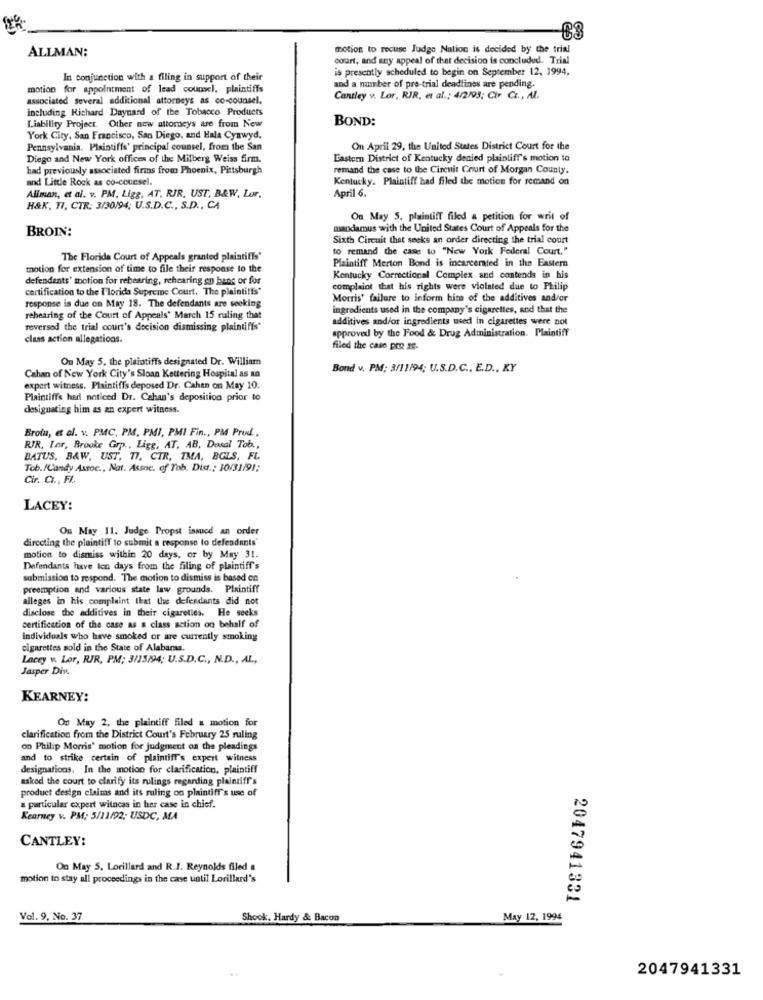
ALLMAN:
motion to recuse Judge Nation is decided by the tria!
court, and any appeal of that decision is concluded. Trial
is presently scheduled to begin on September 12, 1994,
In conjunction with a filing in support of their
motion for appointment of lead counsel. plaintiffs
and a number of pre-trial deadlines are pending.
associated Several additional attorneys as co-counsel.
Cantley v. Lor, RJR, et al .; 4/2/93; Cir CL ., AL.
including Richard Daynard of the Tobacco Products
Liability Project Other new attorneys are from New
BOND:
York City, San Francisco, San Diego, and Hala Cynwyd.
Pennsylvania. Plaintiffs' principal counsel, from the San
On April 29, the United States District Court for the
Diego and New York offices of the Milberg Weiss firm.
Eastern District of Kentucky denied plaintiff's motion to
had previously associated firms from Phoenix, Pittsburgh
remand the case to the Circuit Court of Morgan County.
and Little Rock as co-coursel.
Kentucky. Plaintiff had filed the motion for remand on
Allman, et al. v. PM, Ligg, AT, RJR, UST, B&W, Lor.
April 6.
H&K, TI, CTR: 3/30/94; U.S.D.C ., S.D ., CA
On May 5, plaintiff filed a petition for writ of
BROIN:
mandamus with the United States Court of Appeals for the
Sixth Circuit that seeks an order directing the trial court
to remand the case to "New York Federal Court."
The Florida Court of Appeals granted plaintiffs'
Plaintiff Merton Bond is incarcerated in the Eastern
motion for extension of time to file their response to the
defendants' motion for rebearing, rehearing en bang or for
Kentucky Correctional Complex and contends in his
certification to the I'lorida Supreme Court. The plaintiffs"
complaint that his rights were violated due to Philip
Morris' failure to inform him of the additives and/or
response is due on May 18. The defendants are seeking
ingredients used in the company's cigarettes, and that the
rehearing of the Court of Appeals' March 15 ruling that
additives and/or ingredients used in cigarettes were not
reversed the trial court's decision dismissing plaintiffs"
class action allegations.
approved by the Food & Drug Administration. Plaintiff
filed the case pro se-
On May 5, the plaintiffs designated Dr. William
Bond v. PM: 3/11/94; U.S.D.C ., E.D ., KY
Cahan of New York City's Sloan Kettering Hospital as an
expert witness. Plaintiffs deposed Dr. Cahan on May 10.
Plaintiffs had noticed Dr. Cahan's deposition prior to
designating him as an expert witness.
Brota, et al. v. PMC, PM, PMI, PMI Fin ., PM Prod ..
RIR, Tor, Brooke Grp ., Ligg, AT, AB, Dosal Tob .,
BATUS, B&W, UST, 17, CTR, TMA, BGLS, FL
Tob./Candy Assoc ., Nat. Assoc. of Tob. Dist .: 10/31/91:
Cir. C ., FL
LACEY:
Ou May 11. Judge Propst issued an order
directing the plaintiff to submit a response to defendants'
motion to dismiss within 20 days, or by May 31.
Defendants have ten days from the filing of plaintiff's
submission to respond. The motion to dismiss is based on
preemption and various state law grounds. Plaintiff
alleges in his complaint that the defendants did not
disclose the additives in their cigarettes. He seeks
certification of the case as a class action on behalf of
individuals who have smoked or are currently smoking
cigarettes sold in the State of Alabaras.
Lacey v. Lor, RIR, PM; 3/15/94; U.S.D.C ., N.D ., AL,
Jasper Div.
KEARNEY:
On May 2, the plaintiff filed a motion for
clarification from the District Court's February 25 ruling
on Philip Morris' motion for judgment on the pleadings
and to strike certain of plaintiff's expert witness
designations. In the motion for clarification, plaintiff
asked the court to clarify its rulings regarding plaintiff's
product design claims and its ruling on plaintiff's use of
a particular expert witncas in her case in chief.
Kearney v. PM; 5/11/92; USDC, MA
CANTLEY:
On May S. Lorillard and R.J. Reynolds filed a
motion to stay all proceedings in the case until Lorillard's
2047941331
Vol. 9. No. 37
Shook. Hardy & Bacon
May 12, 1994
2047941331